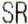
SR